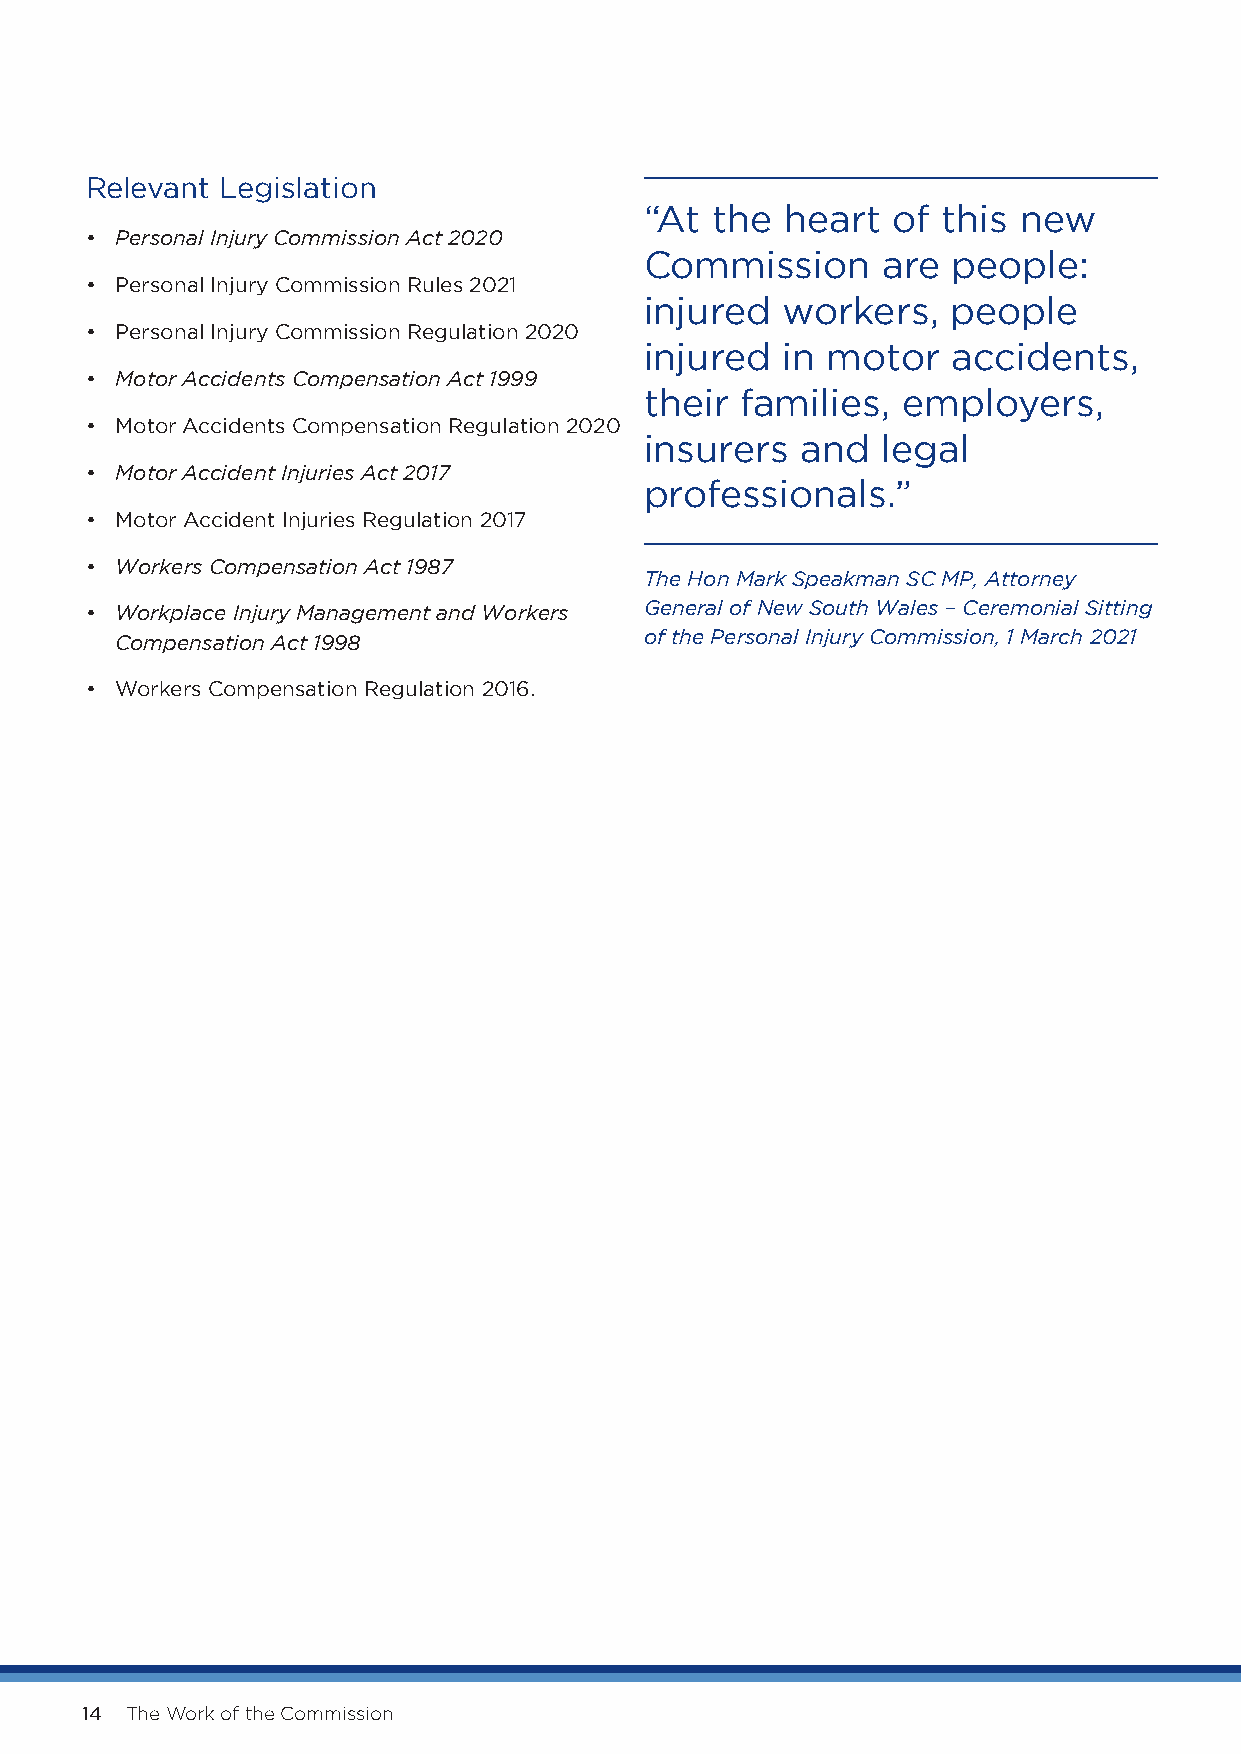
Relevant Legislation
 “At the  heart  of this new
 • Personal Injury Commission Act 2020
 Commission     are  people:
 • Personal Injury Commission Rules 2021
 injured  workers,   people
 • Personal Injury Commission Regulation 2020
 injured  in motor   accidents,
 • Motor Accidents Compensation Act 1999
 their families,  employers,
 • Motor Accidents Compensation Regulation 2020
 insurers  and  legal
 • Motor Accident Injuries Act 2017
 professionals.”
 • Motor Accident Injuries Regulation 2017
 • Workers Compensation Act 1987
 The Hon Mark Speakman SC MP, Attorney
 • Workplace Injury Management and Workers General of New South Wales – Ceremonial Sitting
 Compensation Act 1998              of the Personal Injury Commission, 1 March 2021
 • Workers Compensation Regulation 2016.
 14 The Work of the Commission